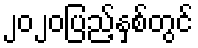
၂၀၂၀ပြည့်နှစ်တွင်